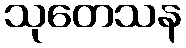
သုတေသန